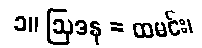
၁။ ဩဒန = ထမင်း၊